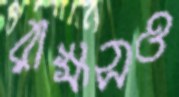
রাক্ষসও